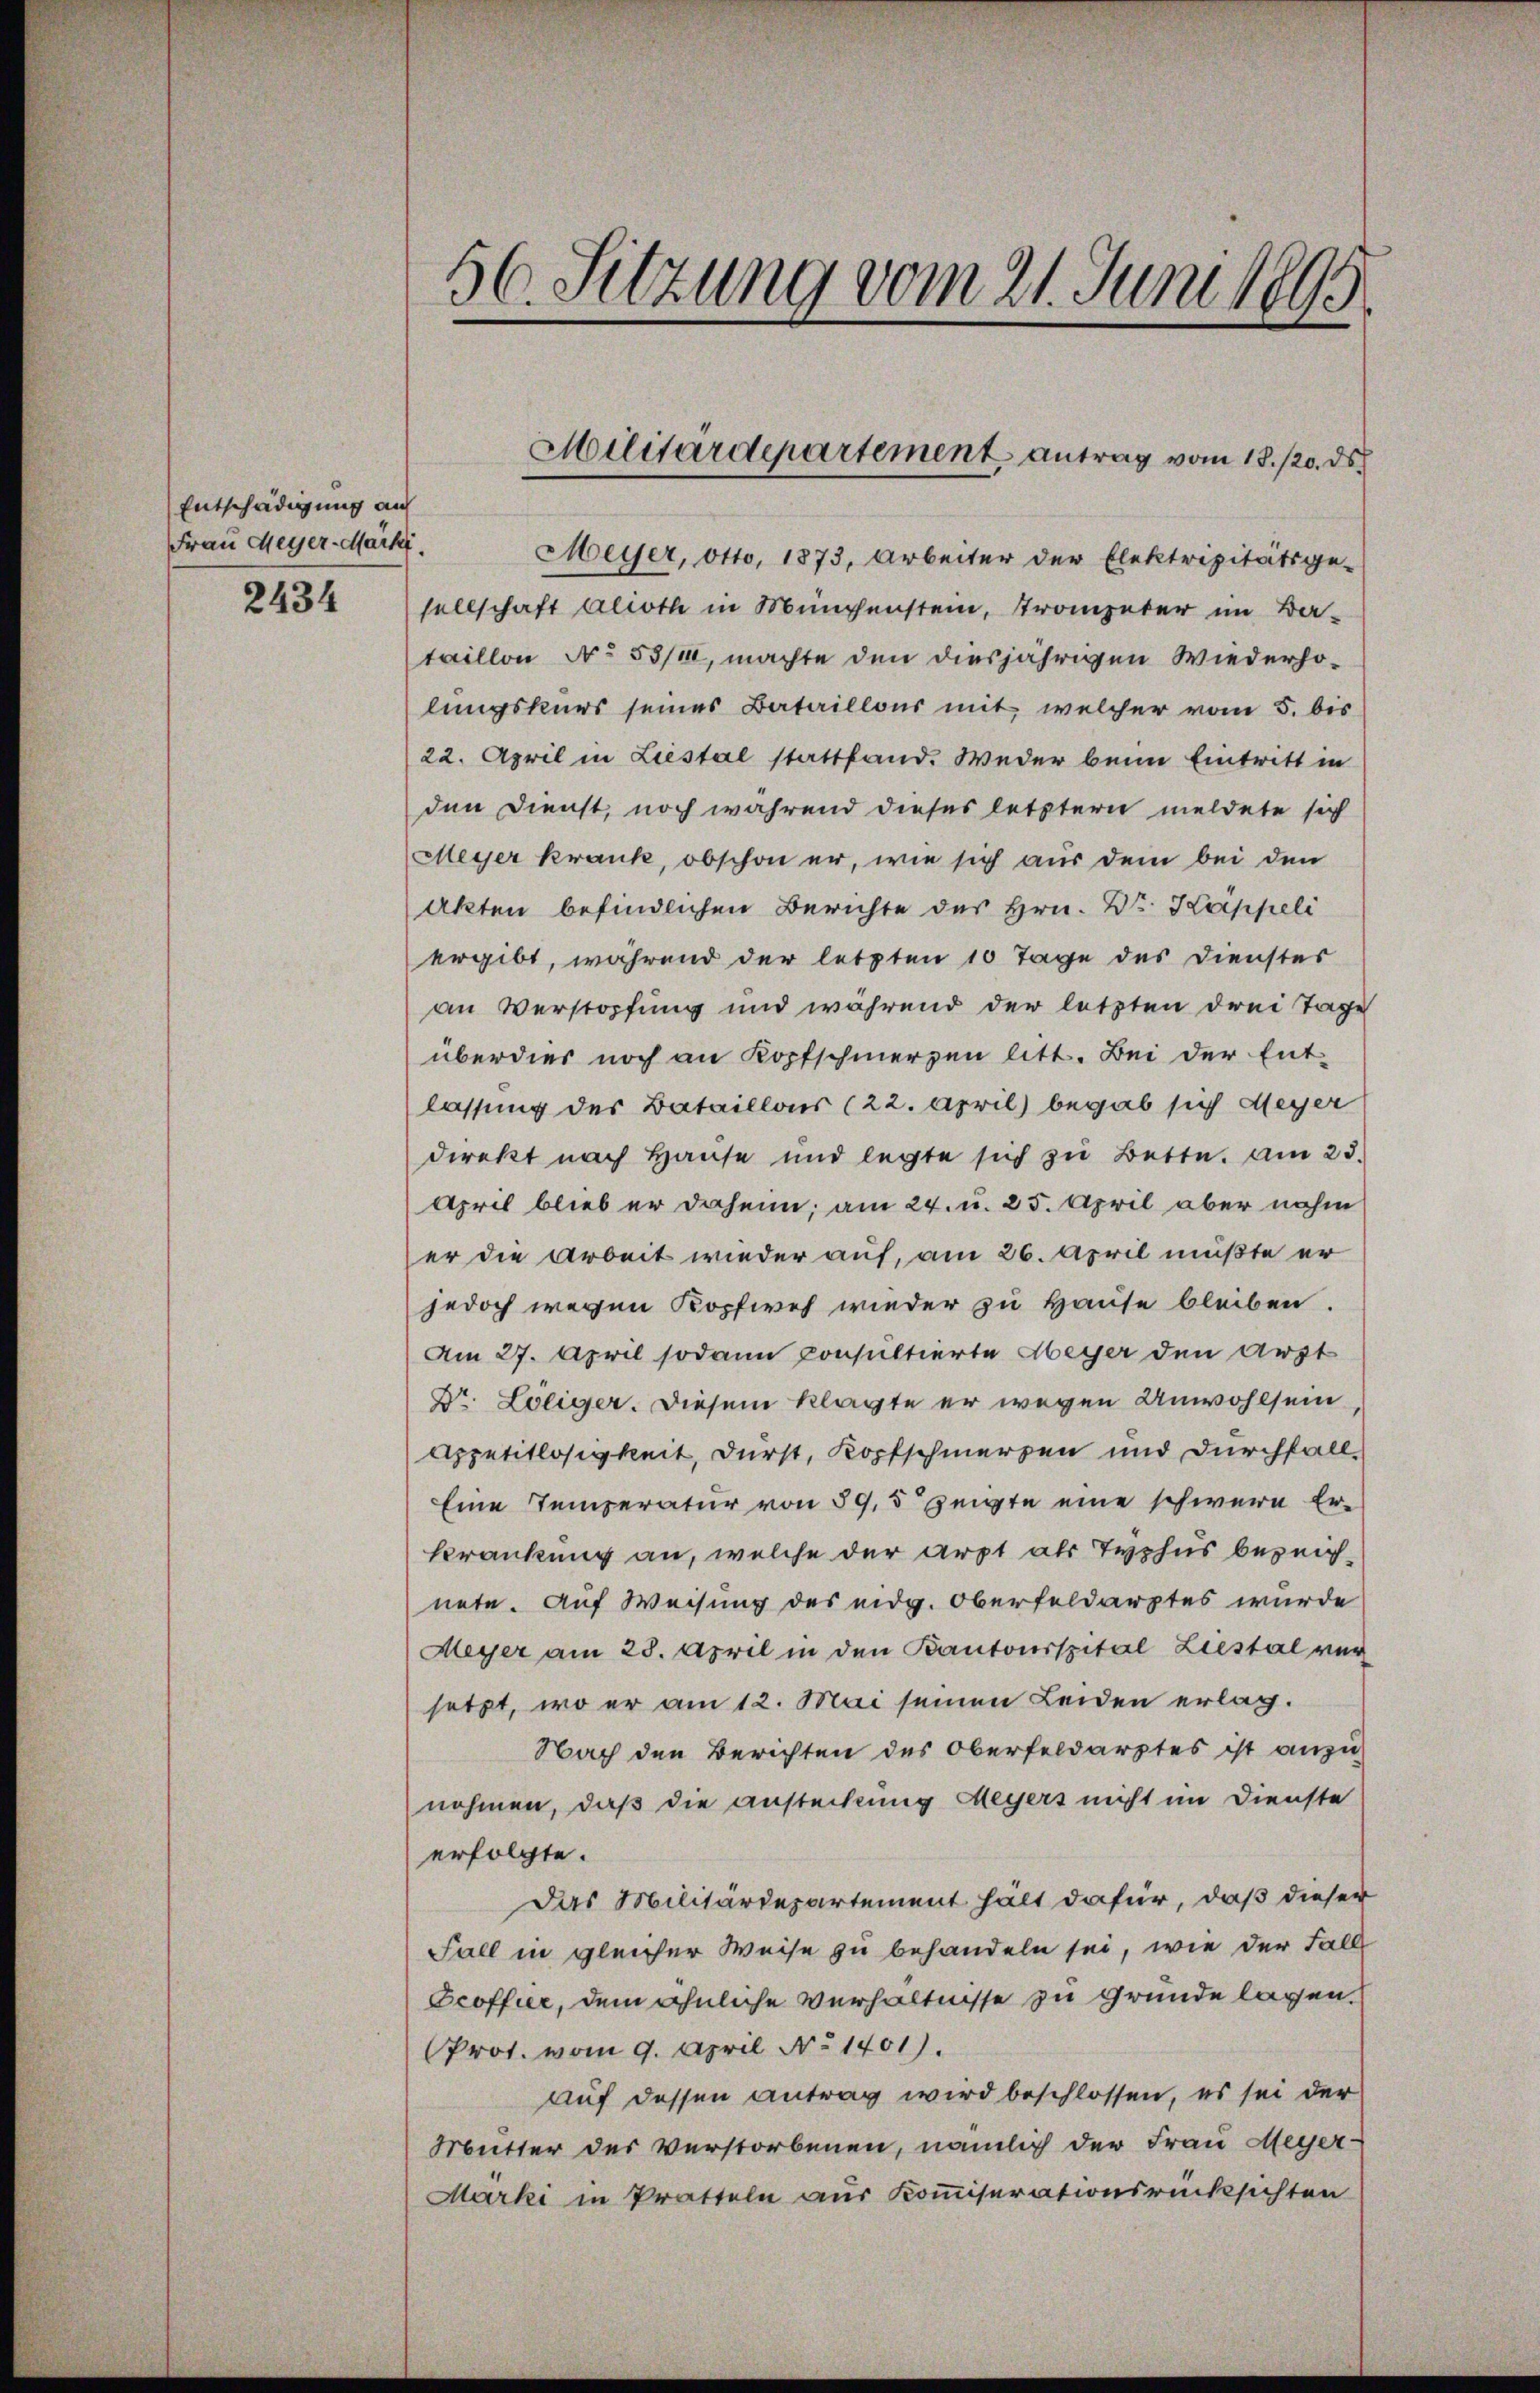
Entschädigung an
Frau Meyer-Markt.

2434

Meyer, Otto, 1873, Arbeiter der Elektrizitätsge-
sellschaft Alioth in Münchenstein, Trompeter im Ba-
taillon No 53/10, machte den diesjährigen Wiederholungskurs seines Bataillons mit, welcher vom 5. bis
22. April in Liestal stattfand. Weder beim Eintritt in
den Dienst, noch während dieses letztern meldete sich
Meyer krank, obschon er, wie sich aus dem bei den
Akten befindlichen Berichte des Hrn. Dr. Kappeli
ergibt, während der letzten 10 Tage des Dienster
an Verstopfung und während der letzten drei Tage
überdier noch an Kopfschmerzen litt. Bei der Ent-
lassung des Bataillons (22. April) begab sich Meyer
direkt nach Hause und legte sich zu Bette. Am 25.
April blieb er daheim; am 24. u. 25. April aber nahm
er die Arbeit wieder auf, am 26. April mußte er
jedoch wegen Kopfweh wieder zu Hause bleiben.
Am 27. April sodann konsultierte Abeyer den Arzt
Dr. Loeiger. Diesem klagte er wegen Unwohlsein
Appetitlosigkeit, durst, Kopfschmerzen und Durchfall
Eine Temperatur von 59, 5 Zeigte eine schwere Erkrankung an, welche der Arzt als Typhus bezeichnete. Auf Weisung des eidg. Oberfeldarztes wurde
Meyer am 28. April in den Kantonsspital Liestal ver
setzt, wo er am 12. Mai seinen Leiden erlag.
Nach den Berichten des Oberfeldarztes ist anzu-
nohmen, daß die ansteckung Meyers nicht im Dienste
erfolgte.
Das Militärdepartement halt dafür, daß dieser
Fall in gleicher Weise zu behandeln sei, wie der Fall
Peoffice, dem ähnliche Verhältnisse zu Gründe lagen.
Prot. vom 9. April No 1401).
auf dessen Antrag wird beschlossen, es sei der
Mutter des Verstorbenen, nämlich der Frau Meyer¬
Marki in Pratteln aus Kommiserationsrücksichten

56. Sitzung vom 21. Juni 1895

Militärdepartement antrag vom 18. /20. ds.